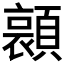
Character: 𮨛